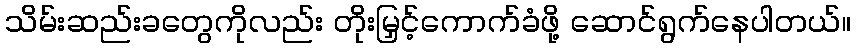
သိမ်းဆည်းခတွေကိုလည်း တိုးမြှင့်ကောက်ခံဖို့ ဆောင်ရွက်နေပါတယ်။